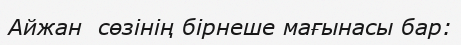
Айжан  сөзінің бірнеше мағынасы бар: